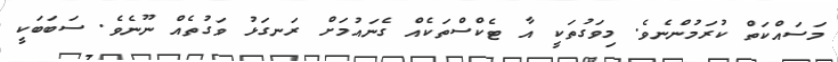
މަސައްކަތް ކުރަމުންނެވެ. މިވަގުތަކީ އާ ޓެކްސްތަކެއް ގެނައުމަށް ރަނގަޅު ވަގުތެއް ނޫނެވެ. ސަބަބަކީ